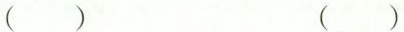
() ()